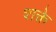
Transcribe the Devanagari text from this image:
शक्ते